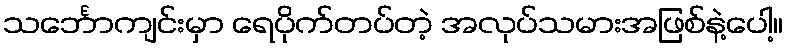
သင်္ဘောကျင်းမှာ ရေပိုက်တပ်တဲ့ အလုပ်သမားအဖြစ်နဲ့ပေါ့။